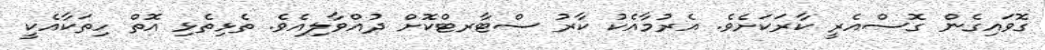
ގޮވައިގެން ގޮސްއެރީ ކާރަކަށެވެ. އެރުމާއެކު ކާރު ސްޓާރޓްކޮށް ދުއްވާލިއެވެ. ތެޅިތެޅި އޮތް ހިތަކާއެކީ